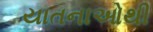
યાતનાઓથી